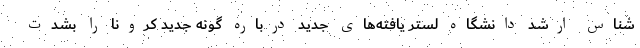
شناس ارشد دانشگاه لستر یافته‌های جدید درباره گونه جدید کرونا را بشدت